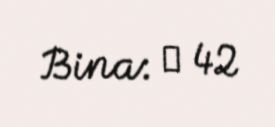
Bina: № 42